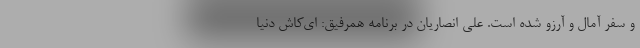
و سفر آمال و آرزو شده است. علی انصاریان در برنامه همرفیق: ای‌کاش دنیا